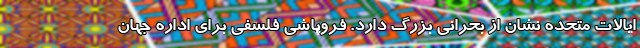
ایالات متحده نشان از بحرانی بزرگ دارد. فروپاشی فلسفی برای اداره جهان